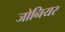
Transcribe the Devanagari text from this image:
जोनियर